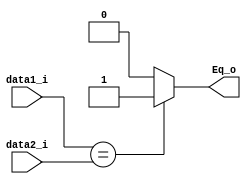
module Equal
(
	data1_i,
    data2_i,
    Eq_o
);

input	[31:0]	data1_i,data2_i;
output			Eq_o;

assign Eq_o = (data1_i == data2_i)? 1 : 0 ;

endmodule